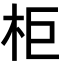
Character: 柜